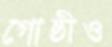
গোষ্ঠীও